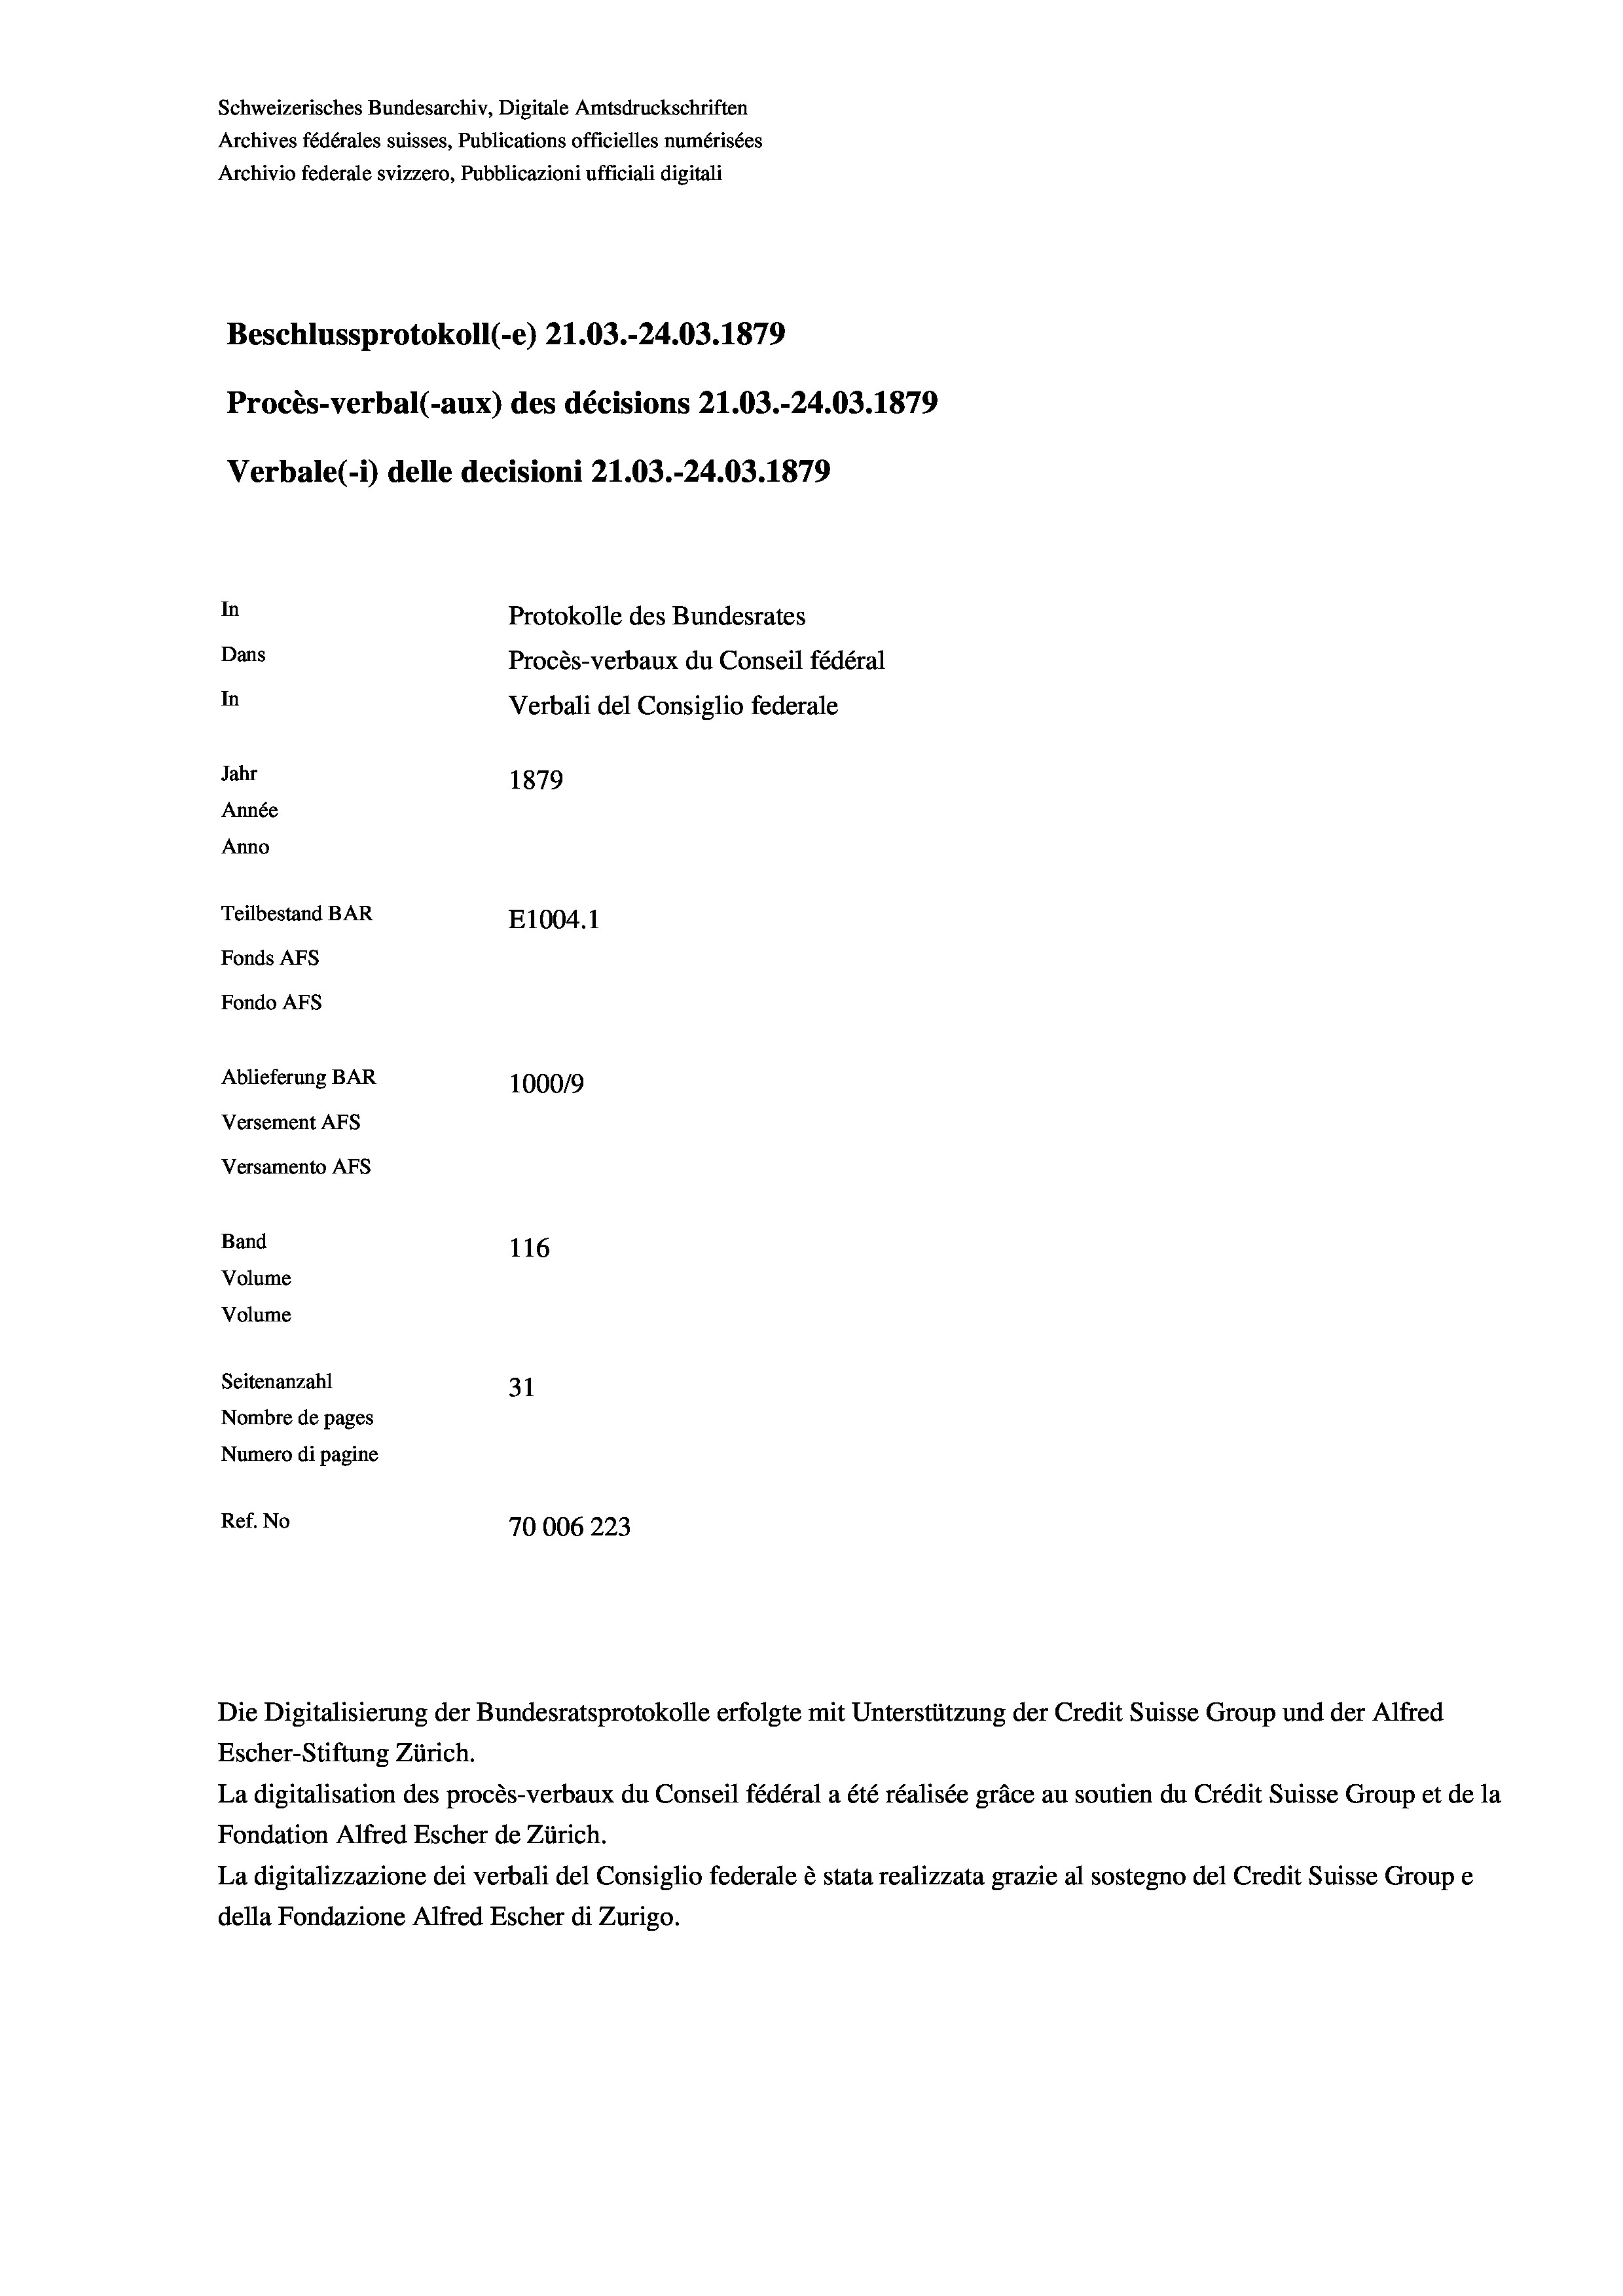
Schweizerisches Bundesarchiv, Digitale Amtsdruckschriften
Archives fédérales suisses, Publications officielles numérisées
Archivio federale svizzero, Pubblicazioni ufficiali digitali
Beschlussprotokoll (-e) 21.03.-24.03. 1879
Procès-verbal (-aux) des décisions 21.03.-24.03. 1879
Verbale (- 1) delle decisioni 21.03.-24.03. 1879
In
Protokolle des Bundesrates
Dans
Procès-verbaux du Conseil fédéral
In
Verbali del Consiglio federale
Jahr
1879
Année
Anno
Teilbestand BAR
E1004.1
Fonds AFs
Fondo AFs
Ablieferung BAR
100019
Versement AFs
Versamento AFs
Band
116
Volume
Volume

Seitenanzahl
31
Nombre de pages
Numero di pagine
Ref. No
70006223

Die Digitalisierung der Bundesratsprotokolle erfolgte mit Unterstützung der Credit Suisse Group und der Alfred
Escher-Stiftung Zürich.
La digitalisation des procès-verbaux du Conseil fédéral a été réalisée gräce au soutien du Crédit Suisse Group et de la
Fondation Alfred Escher de Zürich.
La digitalizzazione dei verbali del Consiglio federale è stata realizzata grazie al sostegno del Credit Suisse Groupe
della Fondazione Alfred Escher di Zurigo.